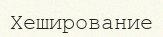
Хеширование